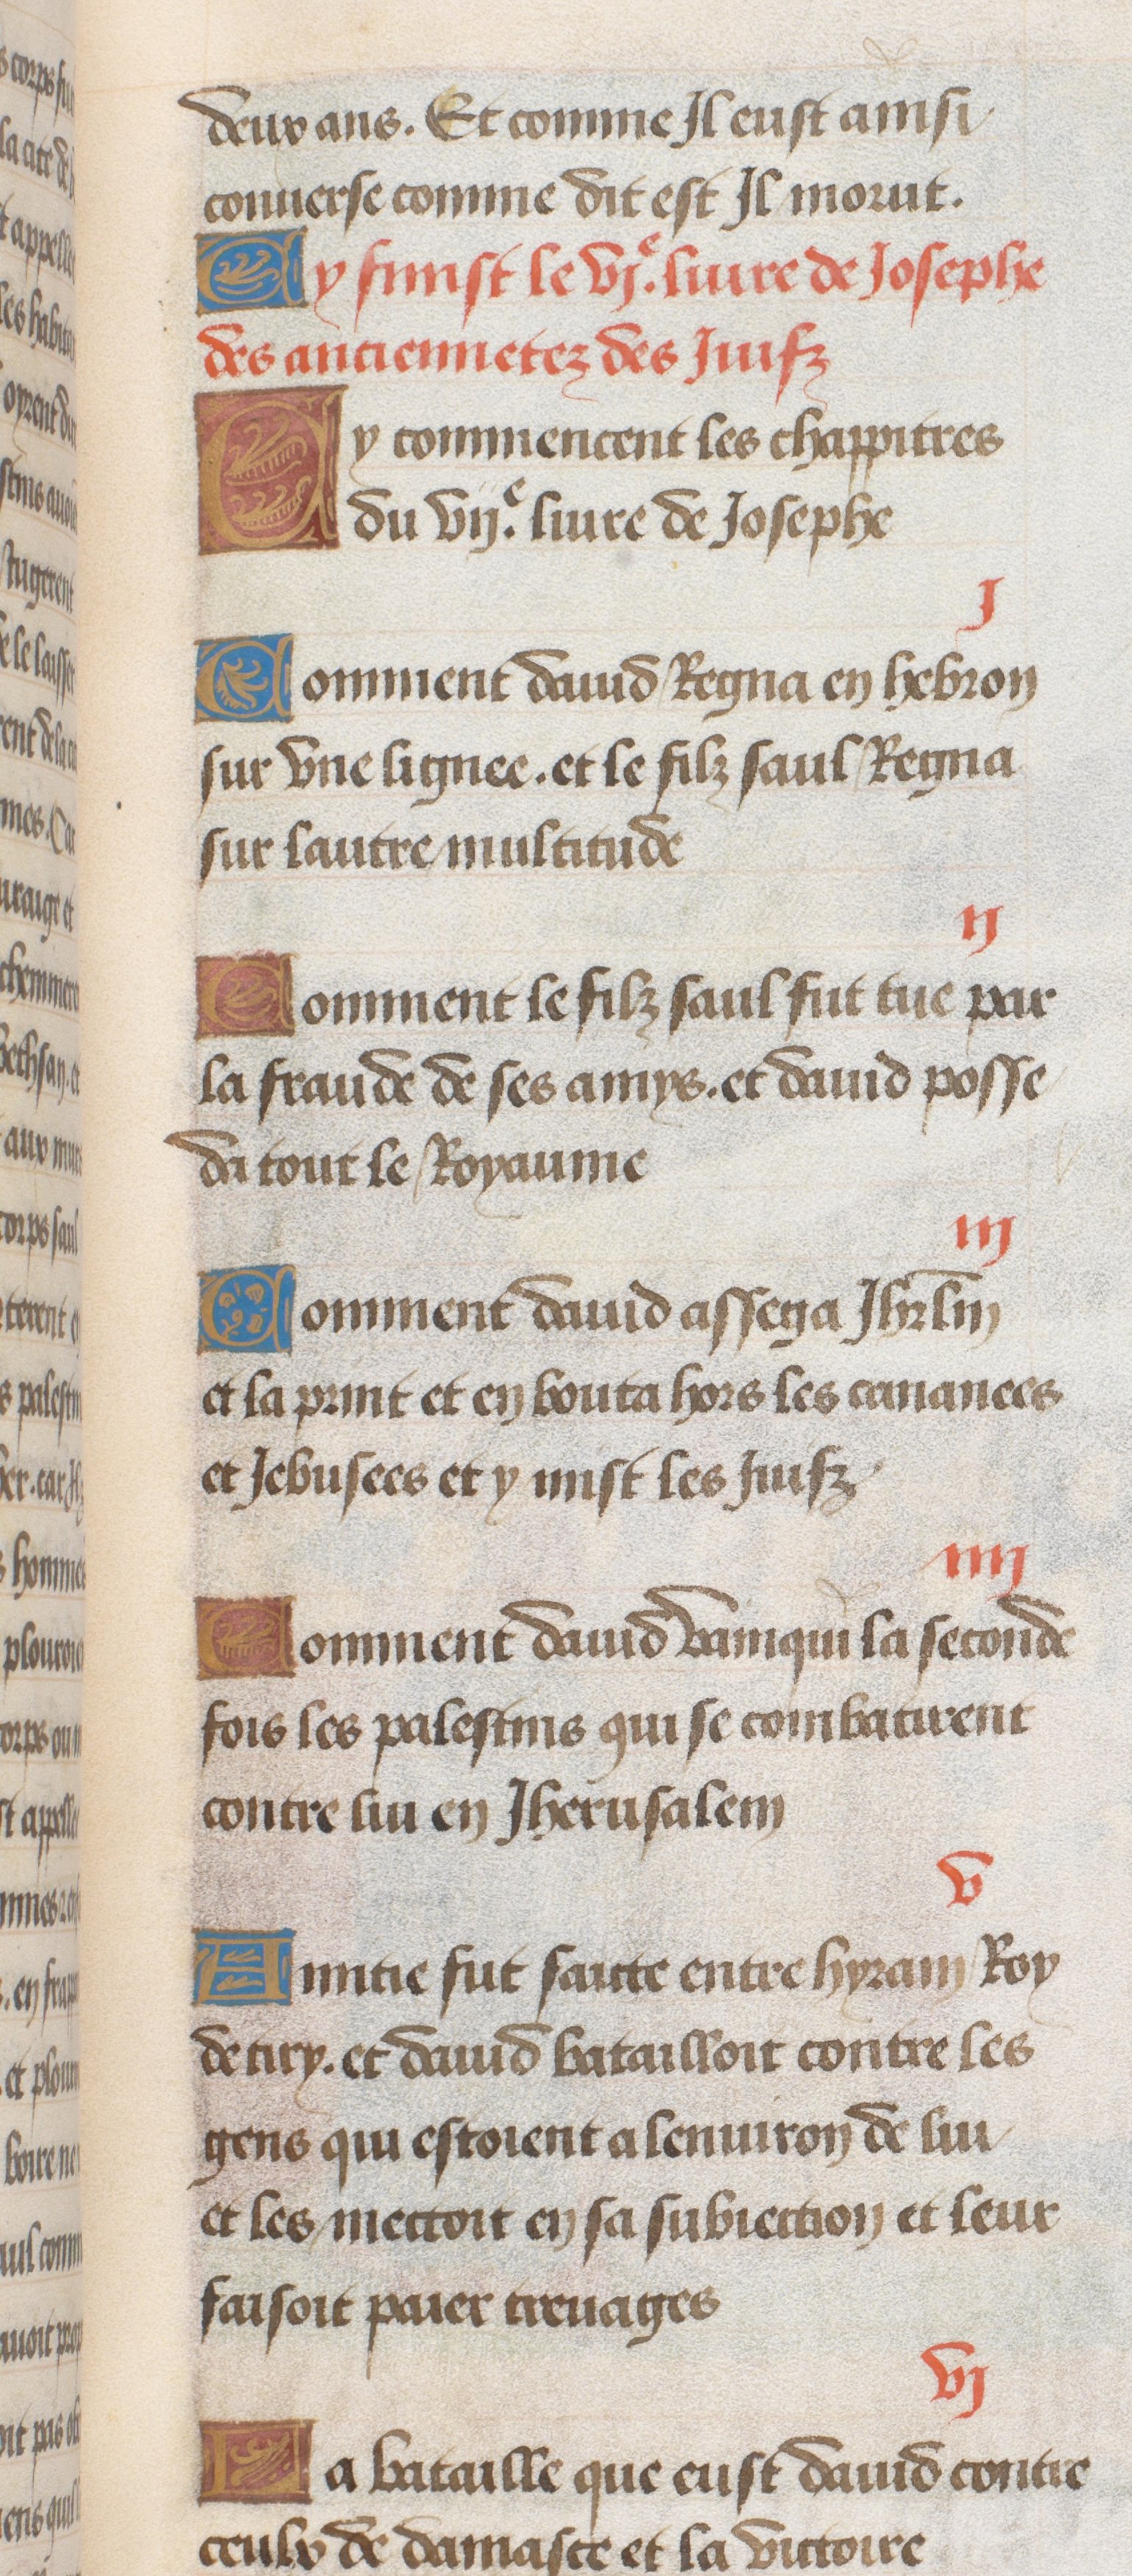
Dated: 1470–1499